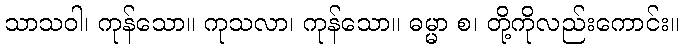
သာသဝါ၊ ကုန်သော။ ကုသလာ၊ ကုန်သော။ ဓမ္မာ စ၊ တို့ကိုလည်းကောင်း။